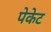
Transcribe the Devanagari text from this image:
पेकेट